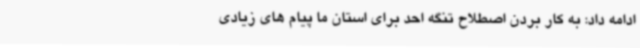
ادامه داد: به کار بردن اصطلاح تنگه احد برای استان ما پیام های زیادی